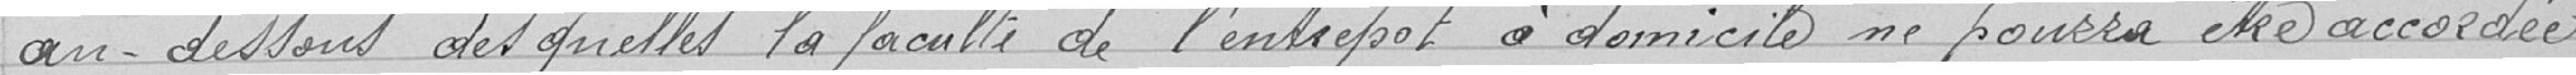
en-dessous desquelles la faculté de l'entrepôt à domicile ne pourra être accordée,